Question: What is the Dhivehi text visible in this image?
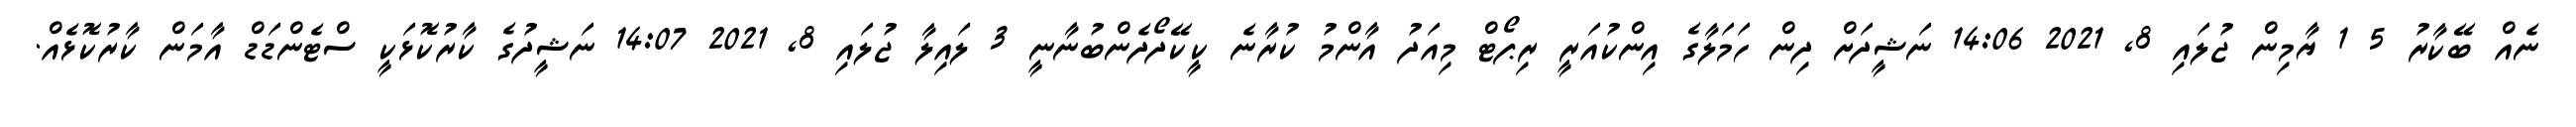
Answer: ނެއް ބޭކާރު 5 1 ޔާމިން ޖުލައި 8, 2021 14:06 ނަޝީދަށް ދިން ހަމަލާގެ އިންކުއަރީ ރިޕޯޓް މިއަދު އާންމު ކުރާނެ ކީކޭދޯދެންބުނާނީ 3 ލައިލާ ޖުލައި 8, 2021 14:07 ނަޝީދުގެ ކާރުކޮޅަކީ ސްޓެންޑަޑް އާމަން ކާރުކޮޅެއް.